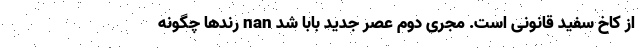
از کاخ سفید قانونی است. مجری دوم عصر جدید بابا شد nan رِندها چگونه